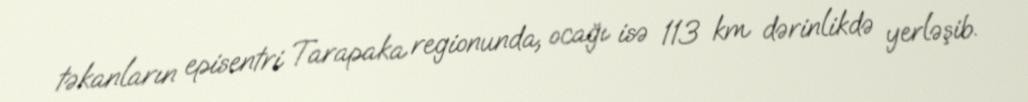
təkanların episentri Tarapaka regionunda, ocağı isə 113 km dərinlikdə yerləşib.